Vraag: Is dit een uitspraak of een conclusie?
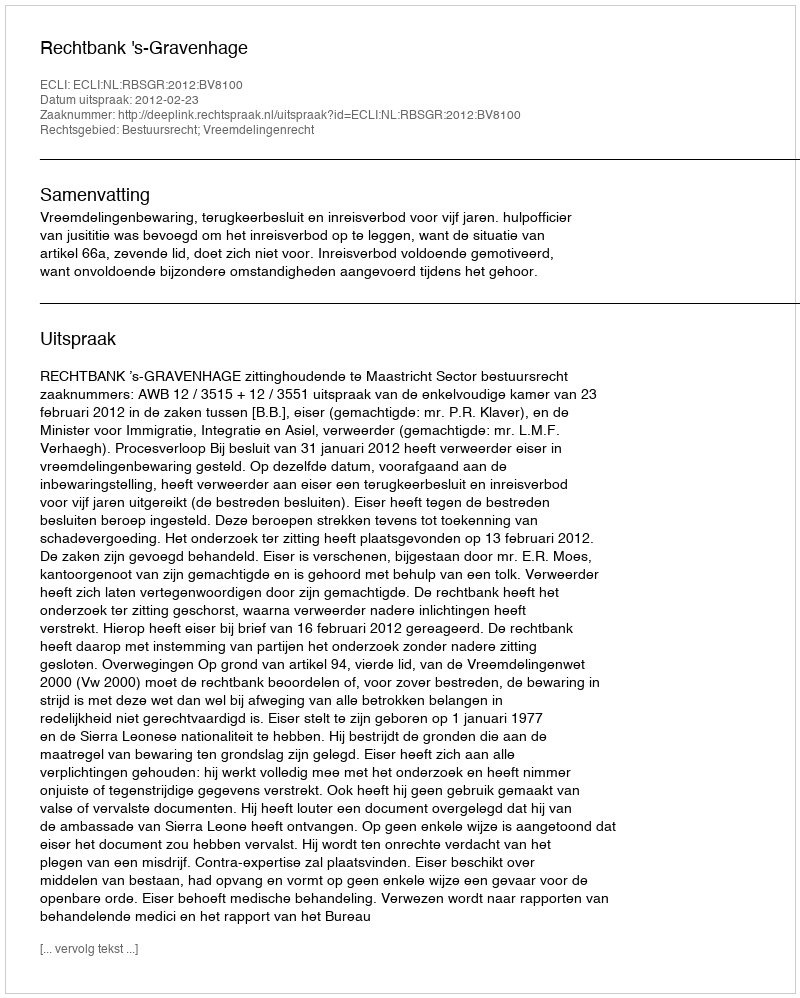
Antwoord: Uitspraak